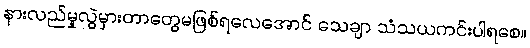
နားလည်မှုလွဲမှားတာတွေမဖြစ်ရလေအောင် သေချာ သံသယကင်းပါရစေ။